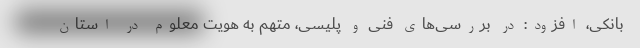
بانکی، افزود: در بررسی‌های فنی و پلیسی، متهم به هویت‌ معلوم در استان‌